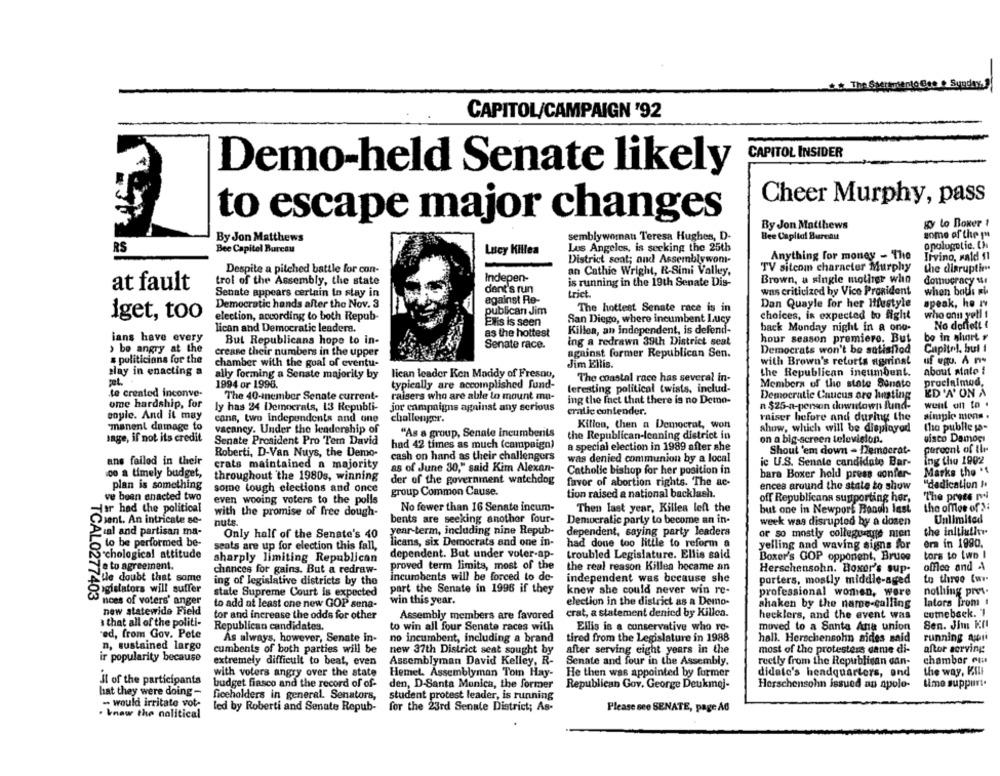
CAPITOL/CAMPAIGN '92
CAPITOL INSIDER
Demo-held Senate likely
Cheer Murphy, pass
to escape major changes
By Jon Matthews
gy lo Boxer !
some of the 1"
By Jon Matthews
semblywornat Teresa Hughes, D-
Bee Capital Bureau
RS
Bee Capitel Bureau
Los Angeles, is seeking the 25th
opolugotic. Ch
Lucy Killea
Anything for money - The
Irvino, wald $1
District seat; and Assemblywon-
Despite a pitched battle for con-
an Cathie Wright, R-Simi Valley,
TV sitcom character Murphy
the disrupti
Indepen-
Brown, a single mother who
at fault
trol of the Assembly, the state
dent's run
is running in the 19th Senate Dis-
domucracy 14.
Senate appears certain In stay in
trict
was criticized hy Vice President
when baths si
Democratic hands after the Nov. 3
against Re-
Dan Quayle for her Mifustyle
speak, he Iv
publican Jim
The hottest Senate race is in
iget, too
election, according to both Repub-
choices, is expected to fight
who onu yell i
ENis is seen
San Diego, where incumbent Lucy
No doffett {
lican and Democratic leadera.
as the hottest
Killen, an independent, is defend-
back Monday night in a ono-
ians have every
But Republicans hope to in-
ing a redrawn 39th District seat
hour season premiere. But
bo in short y
be angry at the
Senate race.
Democrats won't be satisfied
Capitol, but 1
crease their numbers in the upper
against former Republican Sen.
s politicians for the
chamber with the goal of eventu-
Jim Ellis.
with Brown's retorts nominal
uf equ. An-
play in enacting a
lican leader Ken Maddy of Fresnu,
the Republican ineumbent.
about state i
ally forming a Senate majority by
The coastal race has several in-
proclaimed,
1994 or 1996.
typically are accomplished fund-
leresting political twists, includ-
Members of the state Senate
te created inconve-
The 40-mnember Senate current-
raisers who are able to mount mu-
Democratic Caucus ore hunting
ED 'A' ON A
ome hardship, for
ing the fact that there is no Demo-
well on to .
ly has 24 Democrats, 13 Republi-
jor campaigns against any serious
cratic contender.
n $25-n-persan downtown Itind-
coule. And it may
cans, two Independents and one
challenger.
raiser before and during the
simple mens .
manent damage to
Killen, then a Democrat, won
the publie sa-
vacancy. Under the leadership of
"As a group, Senate incumbents
show, which will be displayed
sage, if not its credit
Senate President Pro Tem David
the Republican-leaning district in
on a big-screen television.
disco Damoçı
had 42 times as much (campaign)
a special election in 1989 after she
Shout 'em down - Democrat-
peroont of the
Roberti, D-Van Nuys, the Demo-
cash on hand as their challengers
was denied communion by a local
ans failed in their
crats maintained a majority
ic U.S. Senate candidate Bar-
ing the 1902
:00 a timely budget,
as of June 30," said Kim Alexan-
Catholic bishop for her position in
bara Boxer held press confer-
Marks the '
throughout the 1980s, winning
der of the government watchdog
favor of abortion rights. The ac-
plan is something
some tough elections and once
ences around the state to show
"dedication !'
ve been enacted two
group Common Cause.
tion raised a national backlash.
off Republicans supporting her,
The prets mal
even wooing voters to the polls
Har had the political
with the promise of free dough-
No fewer than 16 Senate incum-
Then last year, Killea left the
but one in Newport Booth last
the offloe of 3:
Dient. An intricate se-
bents are seeking anothor four-
Democratic party to become an in-
Unlimited
nuts
week was disrupted by a dosen
Pial and partisan ma-
Only half of the Senate's 40
year-term, including nine Repub-
dependent, saying party leaders
or so mostly collegu age nien
the inltiutir
to be performed be-
licans, six Democrats and one in-
era in 1990.
seats are up for election this fall,
had done too little to reform a
yelling and waving signs for
Schological attitude
sharply limiting Republican
dependent. But under voler-ap-
troubled Legislature. Ellis said
Boxer's GOP opponent, Bruce
tors to lwo I
Jeto agreement.
proved term limits, most of the
the real reason Killea bocame an
office and A
chances for gains. But a redraw-
Herschensohn. Boxer's sup-
Alle doubt that some
ing of legislative districts by the
incumbents will be forced to de-
independent was because she
porters, mostly middle-aged
to three [ww.
Rigidators will suffer
part the Senate in 1996 if they
knew she could never win re-
nothing pres.
TCAL0277403
state Supreme Court is expected
professional women, were
noes of voters' anger
to add at least one new GOP sena-
win this year.
election in the district as a Demo-
shaken by the name-calling
lators Trom !
new statewide Field
crat, a statement denied by Killea.
comeback. 1
a that all of the politi-
tor and increase the odds for other
Assembly members are favored
hecklers, and the event was
Republican candidates.
to win all four Senate races with
Ellis is a conservative who re-
moved to a Santa Ana union
Sen. Jim Kfl
red, from Gov. Pete
running art
n, sustained largo
As always, however, Senate in-
no incumbent, including a brand
tired from the Legislature in 1988
hall. Herschensohn aides said
cumbents of both parties will be
new 37th District seat sought by
after serving eight years in the
most of the protesters came di-
after serving:
ir popularity because
chamber em
extremely difficult to beat, even
Assemblyman David Kelley, R-
Senate and four in the Assembly.
rectly from the Republican can-
with voters angry over the state
Hemet. Assemblyman Tom Hay-
He then was appointed by former
didale's headquarters, ond
the way, Kill
Jl of the participants
budget fiasco and the record of of-
hat they were doing -
den, D-Santa Monica, the former
Republican Gov. George Deukmej-
Herschensohn issued an apolo-
ficeholders in general. Senators,
student protest leader, is running
- would irritate vot-
for the 23rd Senate District; As-
. know the nolitical
led by Roberti and Senate Repub-
Please see SENATE, page AG